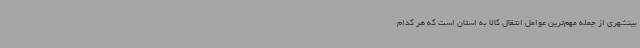
بینشهری از جمله مهم‌ترین عوامل انتقال کالا به استان است که هر کدام